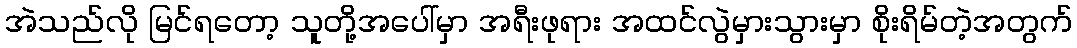
အဲသည်လို မြင်ရတော့ သူတို့အပေါ်မှာ အရီးဖုရား အထင်လွဲမှားသွားမှာ စိုးရိမ်တဲ့အတွက်